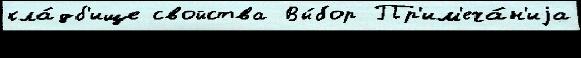
кла́дб'ище свойства Вы́бор Пр'им'еча́н'иjа